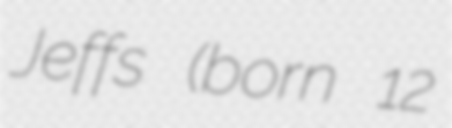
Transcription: Jeffs (born 12